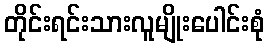
တိုင်းရင်းသားလူမျိုးပေါင်းစုံ